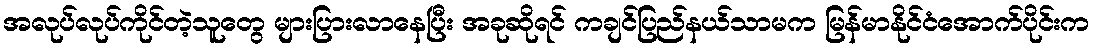
အလုပ်လုပ်ကိုင်တဲ့သူတွေ များပြားလာနေပြီး အခုဆိုရင် ကချင်ပြည်နယ်သာမက မြန်မာနိုင်ငံအောက်ပိုင်းက